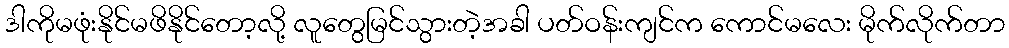
ဒါကိုမဖုံးနိုင်မဖိနိုင်တော့လို့ လူတွေမြင်သွားတဲ့အခါ ပတ်ဝန်းကျင်က ကောင်မလေး မိုက်လိုက်တာ